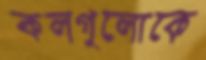
কলগুলোকে